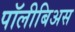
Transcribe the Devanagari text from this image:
पॉलीबिअस